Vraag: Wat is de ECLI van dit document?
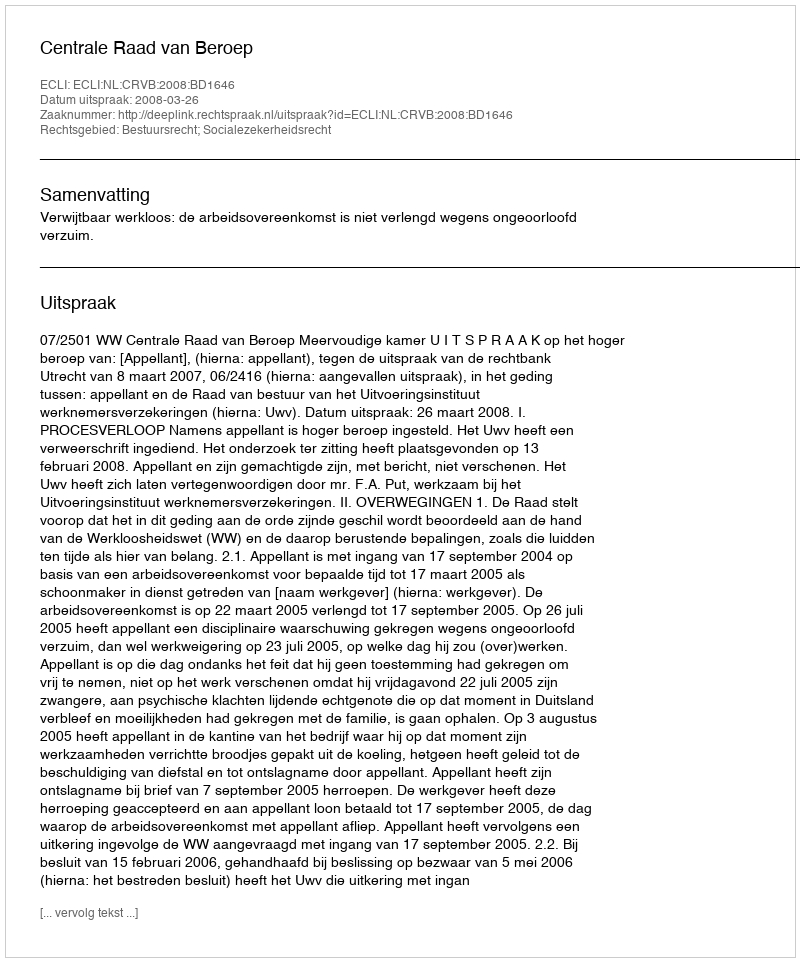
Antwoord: ECLI:NL:CRVB:2008:BD1646